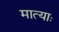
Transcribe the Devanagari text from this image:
मात्याः